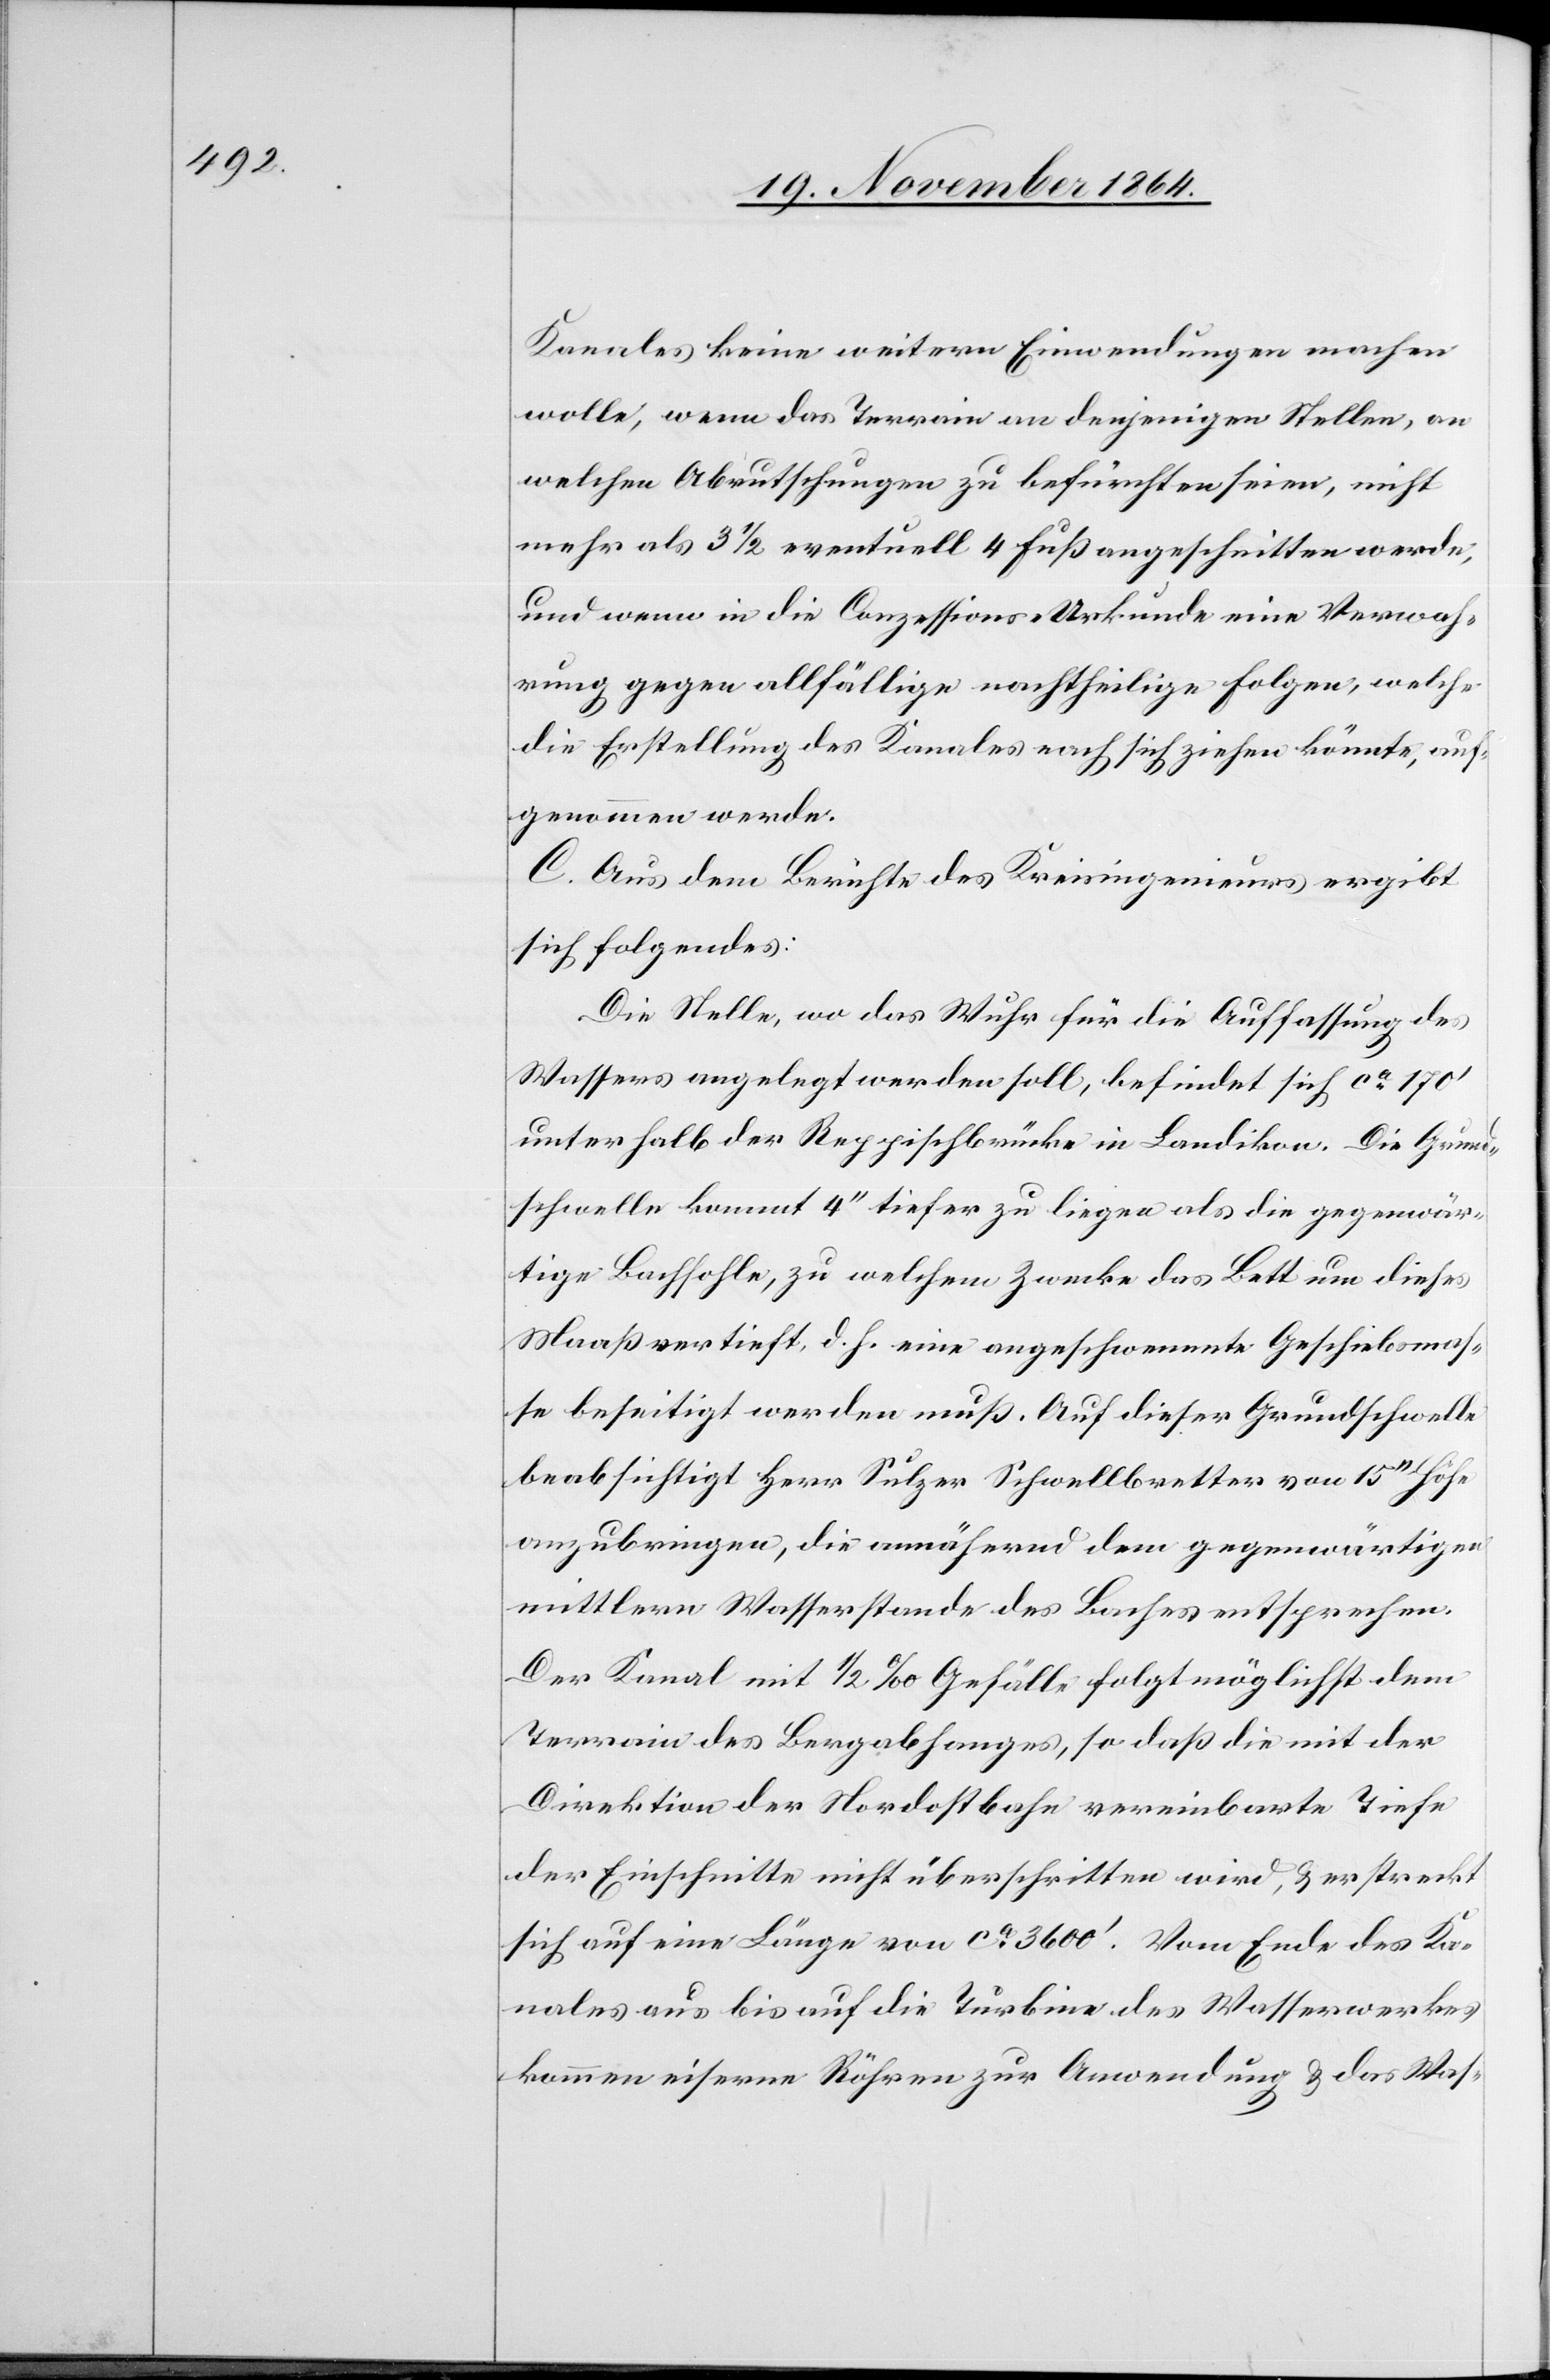
Kanales keine weitern Einwendungen machen
wolle, wenn das Terrain an denjenigen Stellen, an
welchen Abrutschungen zu befürchten seien, nicht
mehr als 3 1/2 eventuell 4 Fuß angeschnitten werde,
und wenn in die Conzessions-Urkunde eine Verwah¬
rung gegen allfällige nachtheilige Folgen, welche
die Erstellung des Kanales nach sich ziehen könnte, auf¬
genommen werde.
C. Aus dem Berichte des Kreisingenieurs ergibt
sich folgendes:
Die Stelle, wo das Wuhr für die Auffassung des
Wassers angelegt werden soll, befindet sich ca 170’
unterhalb der Reppischbrücke in Landikon. Die Grund¬
schwelle kommt 4’’ tiefer zu liegen als die gegenwär¬
tige Bachsohle, zu welchem Zwecke das Bett um dieses
Maaß vertieft, d. h. eine angeschwemmte Geschiebsmas¬
se beseitigt werden muß. Auf dieser Grundschwelle
beabsichtigt Herr Sulzer Schwellbretter von 15’’ Höhe
anzubringen, die annähernd dem gegenwärtigen
mittlern Wasserstande des Baches entsprechen.
Der Kanal mit 1/2‰ Gefälle folgt möglichst dem
Terrain des Bergabhanges, so daß die mit der
Direktion der Nordostbahn vereinbarte Tiefe
der Einschnitte nicht überschritten wird, & erstreckt
sich auf eine Länge von ca 3600’. Vom Ende des Ka¬
nales aus bis auf die Turbine des Wasserwerkes
kommen eiserne Röhren zur Anwendung & das Was-